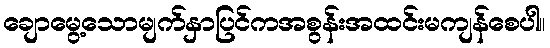
ချောမွေ့သောမျက်နှာပြင်ကအစွန်းအထင်းမကျန်စေပါ။